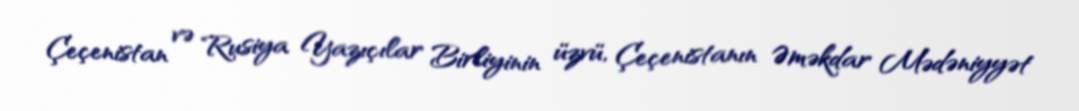
Çeçenistan və Rusiya Yazıçılar Birliyinin üzvü, Çeçenistanın Əməkdar Mədəniyyət